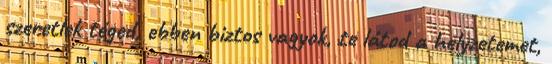
szeretlek téged, ebben biztos vagyok, te látod a helyzetemet,